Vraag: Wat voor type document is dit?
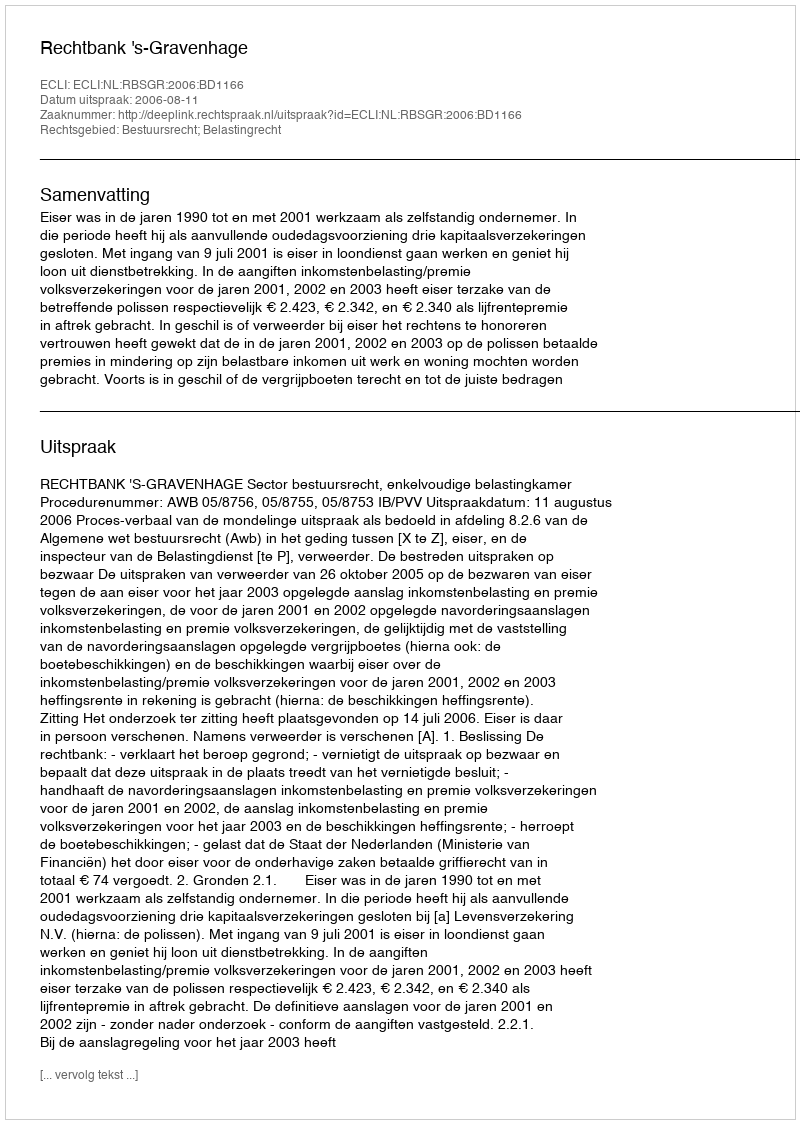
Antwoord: Uitspraak